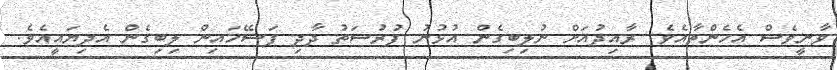
ވާނީވެސް އެހެންތާއެވެ. ރާއިދުއަށް ނުލިބިގެން އުޅުނު ފުރުސަތު ދާދި ފަސޭހައިން ލިބިގެން އެދިޔައީއެވެ.